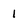
Character: 1